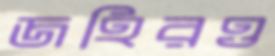
জহিরও